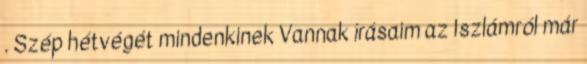
. Szép hétvégét mindenkinek Vannak írásaim az Iszlámról már